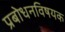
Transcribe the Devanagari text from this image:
प्रबोधनविषयक